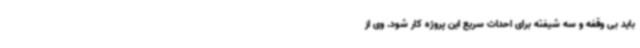
باید بی وقفه و سه شیفته برای احداث سریع این پروژه کار شود. وی از